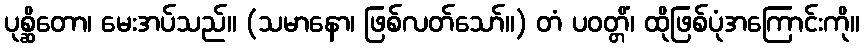
ပုစ္ဆိတော၊ မေးအပ်သည်။ (သမာနော၊ ဖြစ်လတ်သော်။) တံ ပဝတ္တိံ၊ ထိုဖြစ်ပုံအကြောင်းကို။